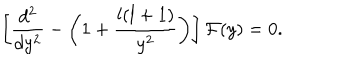
LaTeX: \left[ { \frac { d ^ { 2 } } { d y ^ { 2 } } } - \left( 1 + { \frac { l ( l + 1 ) } { y ^ { 2 } } } \right) \right] { \cal F } ( y ) = 0 .